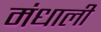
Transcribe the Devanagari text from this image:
मंधाली